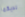
لديكما